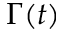
\Gamma ( t )